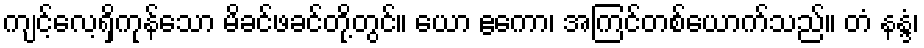
ကျင့်လေ့ရှိကုန်သော မိခင်ဖခင်တို့တွင်။ ယော ဧကော၊ အကြင်တစ်ယောက်သည်။ တံ နန္ဒံ၊